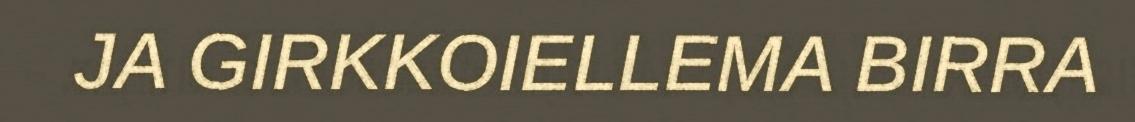
JA GIRKKOIELLEMA BIRRA